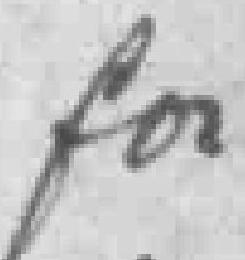
for